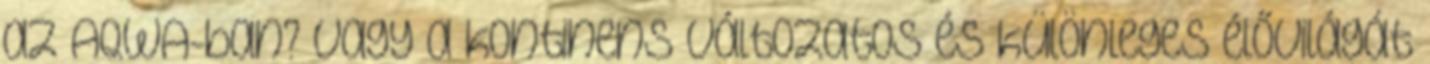
az AQWA-ban? Vagy a kontinens változatos és különleges élővilágát